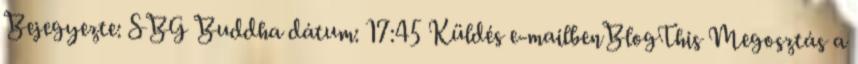
Bejegyezte: SBG Buddha dátum: 17:45 Küldés e-mailbenBlogThis Megosztás a